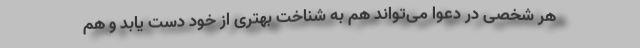
هر شخصی در دعوا می‌‌تواند هم به شناخت بهتری از خود دست یابد و هم